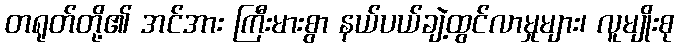
တရုတ်တို့၏ အင်အား ကြီးမားစွာ နယ်ပယ်ချဲ့ထွင်လာမှုများ၊ လူမျိုးစု